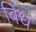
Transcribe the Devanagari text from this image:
बिंध